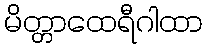
မိတ္တာထေရီဂါထာ